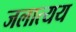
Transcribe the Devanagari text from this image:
जलात्यय